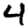
Digit: 4